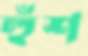
হুঁশ